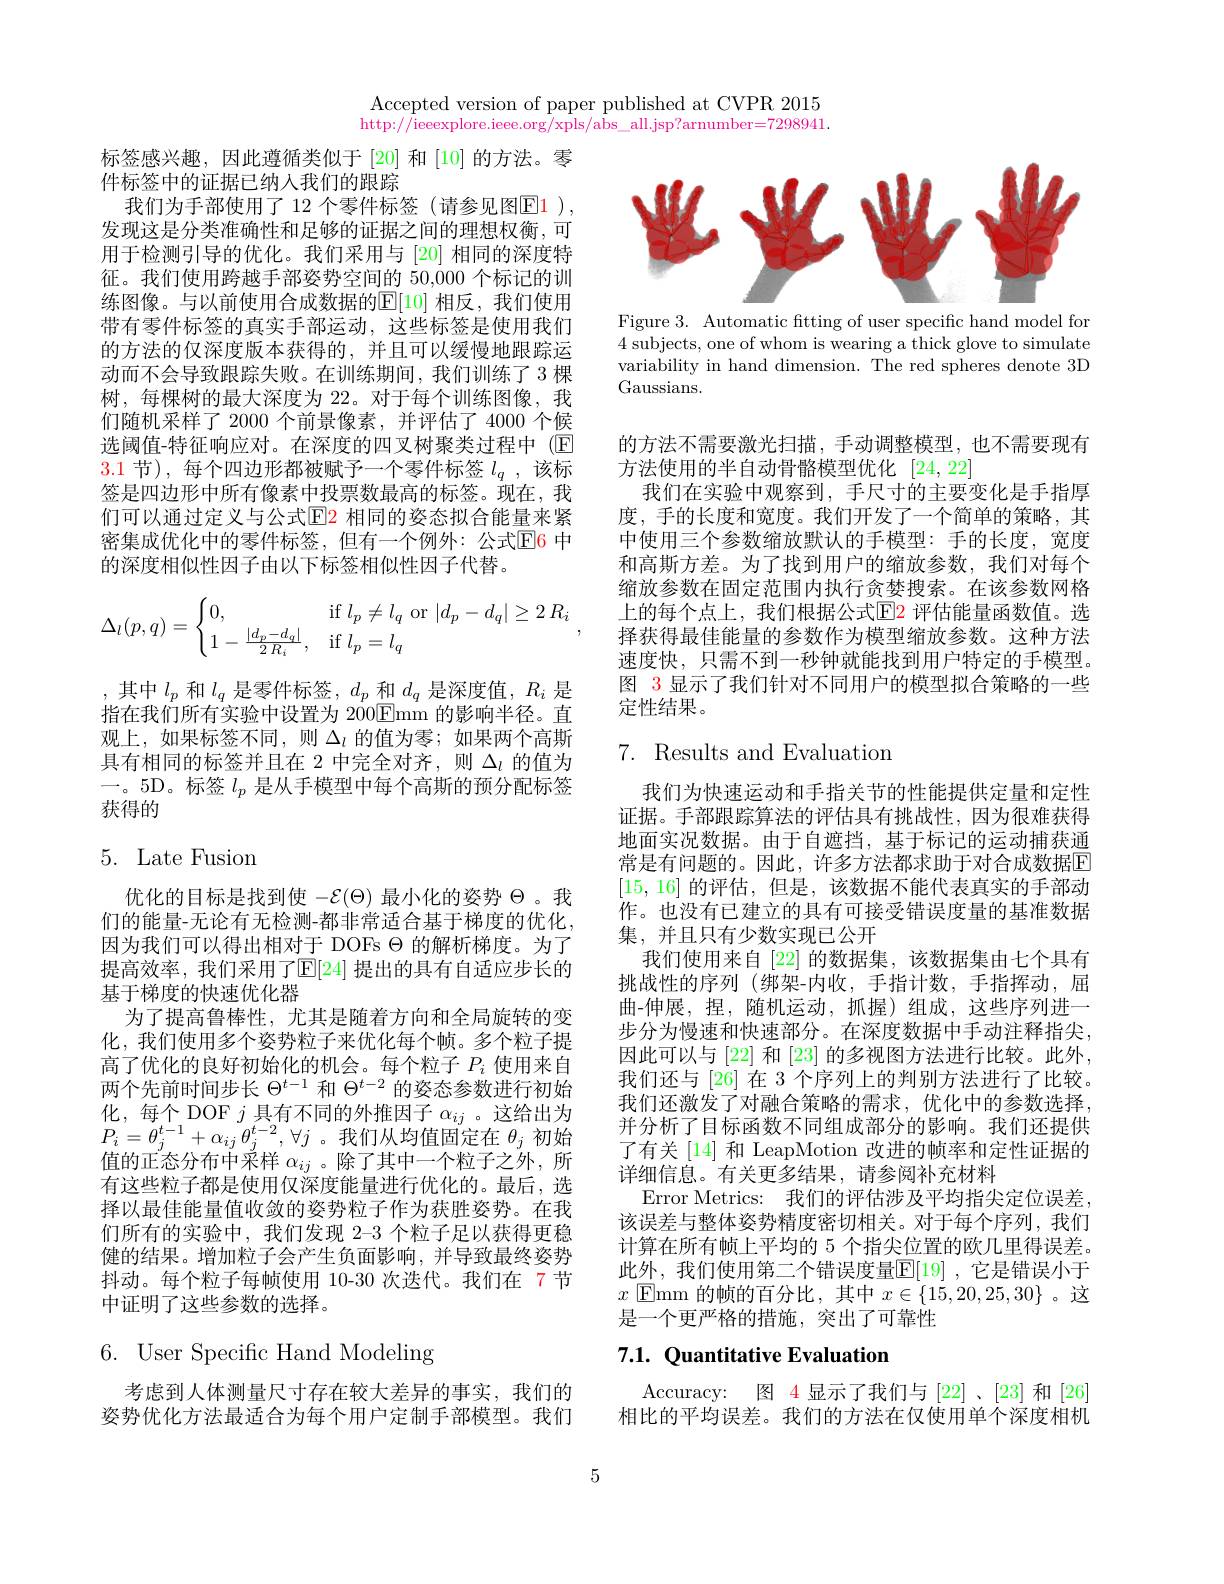
Accepted version of paper published at CVPR 2015 http://ieeexplore.ieee.org/xpls/abs all.jsp?arnumber=7298941.

标签感兴趣，因此遵循类似于[20] 和 [10] 的方法。零
件标签中的证据已纳人我们的跟踪
我们为手部使用了 12 个零件标签 (请参见图$\color{red}{\mathrm{E1}}$ ), 发现这是分类准确性和足够的证据之间的理想权衡，可用于检测引导的优化。我们采用与「20] 相同的深度特征。我们使用跨越手部姿势空间的 50,000 个标记的训练图像。与以前使用合成数据的$\overline{\mathrm{E}}[10]$ 相反，我们使用带有零件标签的真实手部运动，这些标签是使用我们的方法的仅深度版本获得的，并且可以缓慢地跟踪运动而不会导致跟踪失败。在训练期间，我们训练了 3 棵树，每棵树的最大深度为 22。对于每个训练图像，我们随机采样了 2000 个前景像素，并评估了 4000 个候选阈值-特征响应对。在深度的四叉树聚类过程中 (E) 3.1节),每个四边形都被赋予一个零件标签$l_q$,该标签是四边形中所有像素中投票数最高的标签。现在，我们可以通过定义与公式$\color{red}{\mathrm{E}}\color{blue}{\mathrm{E}}$2 相同的姿态拟合能量来紧的深度相似性因子由以下标签相似性因子代替。
$$\Delta_l(p,q)=\begin{cases}0,&\text{if}\:l_p\ne l_q\:\text{or}\:|d_p-d_q|\ge2\:R_i\\1-\frac{|d_p-d_q|}{2\:R_i},&\text{if}\:l_p=l_q\end{cases},$$
,其中$l_p$和$l_q$是零件标签$,d_p$和$d_q$是深度值$,R_i$是指在我们所有实验中设置为 200$\underline{\mathrm{Fmm}}$的影响半径。直观上，如果标签不同，则$\Delta_l$的值为零；如果两个高斯具有相同的标签并且在 2 中完全对齐，则$\Delta_l$的值为一。5D。标签$l_p$是从手模型中每个高斯的预分配标签获得的

# 5. Late Fusion

优化的目标是找到使$-\mathcal{E}(\Theta)$最小化的姿势$\Theta$ 。我们的能量-无论有无检测-都非常适合基于梯度的优化， 因为我们可以得出相对于 DOFs $\Theta$的解析梯度。为了提高效率，我们采用了$\mathbb{E}[24]$ 提出的具有自适应步长的基于梯度的快速优化器
为了提高鲁棒性，尤其是随着方向和全局旋转的变化，我们使用多个姿势粒子来优化每个帧。多个粒子提高了优化的良好初始化的机会。每个粒子$P_i$使用来自两个先前时间步长$\Theta^{t-1}$和$\Theta^{t-2}$的姿态参数进行初始化，每个 DOF $j$具有不同的外推因子$\alpha_ij$ 。这给出为$P_{i}=\theta_{j}^{t-1}+\alpha_{ij}\theta_{j}^{t-2},\forall j$。我们从均值固定在$\theta_j$初始值的正态分布中采样$\alpha_{ij}$ 。除了其中一个粒子之外，所有这些粒子都是使用仅深度能量进行优化的。最后，选择以最佳能量值收敛的姿势粒子作为获胜姿势。在我们所有的实验中，我们发现 2-3 个粒子足以获得更稳健的结果。增加粒子会产生负面影响，并导致最终姿势抖动。每个粒子每帧使用 10-30 次迭代。我们在 7 节中证明了这些参数的选择。

# 6. User Specific Hand Modeling

考虑到人体测量尺寸存在较大差异的事实，我们的姿势优化方法最适合为每个用户定制手部模型。我们

<FigureHere>

Figure 3. Automatic ftting of user specific hand model for 4 subjects, one of whom is wearing a thick glove to simulate variability in hand dimension. The red spheres denote 3D Gaussians.

的方法不需要激光扫描，手动调整模型，也不需要现有
方法使用的半自动骨骼模型优化[24,22]
我们在实验中观察到，手尺寸的主要变化是手指厚度，手的长度和宽度。我们开发了一个简单的策略，其中使用三个参数缩放默认的手模型：手的长度，宽度和高斯方差。为了找到用户的缩放参数，我们对每个缩放参数在固定范围内执行贪婪搜索。在该参数网格上的每个点上，我们根据公式$\color{red}{\boxed{\mathrm{E}}2}$ 评估能量函数值。选择获得最佳能量的参数作为模型缩放参数。这种方法速度快，只需不到一秒钟就能找到用户特定的手模型。图 3 显示了我们针对不同用户的模型拟合策略的一些定性结果。

# 7. Results and Evaluation

我们为快速运动和手指关节的性能提供定量和定性证据。手部跟踪算法的评估具有挑战性，因为很难获得地面实况数据。由于自遮挡，基于标记的运动捕获通常是有问题的。因此，许多方法都求助于对合成数据$\mathbb{E}$ [15,16]的评估，但是，该数据不能代表真实的手部动作。也没有已建立的具有可接受错误度量的基准数据集，并且只有少数实现已公开
我们使用来自[22]的数据集，该数据集由七个具有挑战性的序列 (绑架-内收，手指计数，手指挥动，屈曲-伸展，捏，随机运动，抓握)组成，这些序列进一步分为慢速和快速部分。在深度数据中手动注释指尖， 因此可以与 [22] 和 [23] 的多视图方法进行比较。此外， 我们还与 [26] 在 3 个序列上的判别方法进行了比较。我们还激发了对融合策略的需求，优化中的参数选择， 并分析了目标函数不同组成部分的影响。我们还提供了有关[14] 和 LeapMotion 改进的帧率和定性证据的详细信息。有关更多结果，请参阅补充材料
Error Metrics: 我们的评估涉及平均指尖定位误差该误差与整体姿势精度密切相关。对于每个序列，我们计算在所有帧上平均的 5 个指尖位置的欧几里得误差。此外，我们使用第二个错误度量$\overline{\mathbb{E}}[19]$ ,它是错误小于$x$ Emm 的帧的百分比，其中$x\in\{15,20,25,30\}$ 。这是一个更严格的措施，突出了可靠性

# 7.1. Quantitative Evaluation

Accuracy: 图 4 显示了我们与[22] 、[23]和 [26] 相比的平均误差。我们的方法在仅使用单个深度相机

5